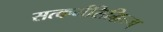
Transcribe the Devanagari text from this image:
सत्कर्मसिद्धिदम्